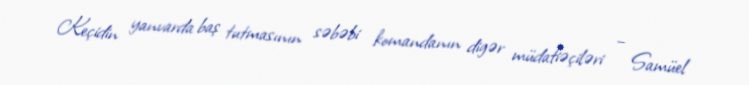
Keçidin yanvarda baş tutmasının səbəbi komandanın digər müdafiəçiləri – Samüel